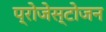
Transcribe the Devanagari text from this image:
प्रोजेस्टोजन